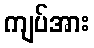
ကျပ်အား